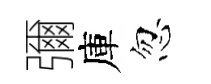
彌庫忽